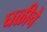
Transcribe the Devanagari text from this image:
घळीचे